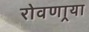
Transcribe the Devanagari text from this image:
रोवणार्‍या